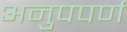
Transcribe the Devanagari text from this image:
अनुपपर्ण